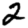
Digit: 2